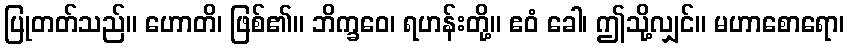
ပြုတတ်သည်။ ဟောတိ၊ ဖြစ်၏။ ဘိက္ခဝေ၊ ရဟန်းတို့။ ဧဝံ ခေါ၊ ဤသို့လျှင်။ မဟာစောရော၊